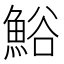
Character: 𩷝